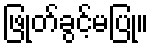
ဖြုတ်ခွင့်မပြု။